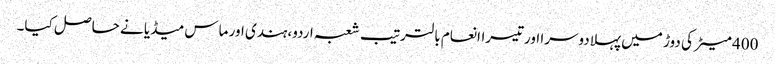
400 میٹر کی دوڑ میں پہلادوسرا اورتیسراانعام بالترتیب شعبہ اردو،ہندی اور ماس میڈیا نے حاصل کیا۔